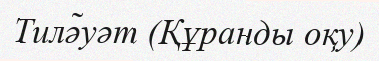
Тилə̃уәт (Құранды оқу)